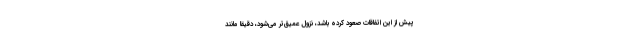
پیش از این اتفاقات صعود کرده باشد، نزول عمیق‌تر می‌شود، دقیقا مانند